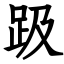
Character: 趿